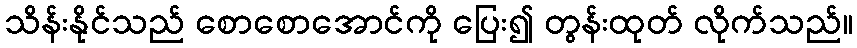
သိန်းနိုင်သည် စောစောအောင်ကို ပြေး၍ တွန်းထုတ် လိုက်သည်။